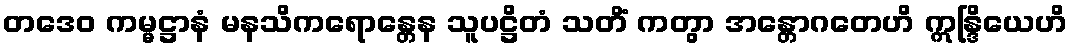
တဒေဝ ကမ္မဋ္ဌာနံ မနသိကရောန္တေန သူပဋ္ဌိတံ သတိံ ကတွာ အန္တောဂတေဟိ ဣန္ဒြိယေဟိ